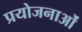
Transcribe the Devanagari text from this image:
प्रयोजनाओं